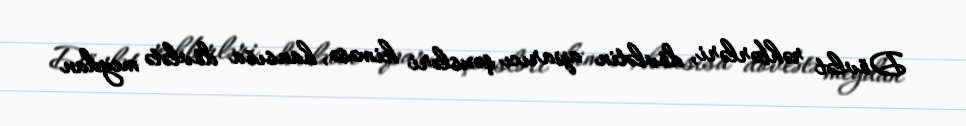
Dövlət rəhbərləri, dövlətin aparıcı şəxsləri kiməsə, hansısa dövlətə meydan